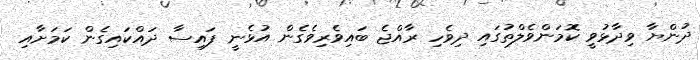
ދުންޔާ ވިދާޅުވީ ކޮމަންވެލްތުގައި ދިވެހި ރާއްޖެ ބައިވެރިވެގެން އުޅެނީ ފައިސާ ދައްކައިގެން ކަމަށާއި